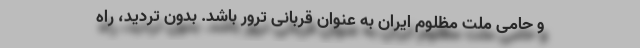
و حامی ملت مظلوم ایران به عنوان قربانی ترور باشد. بدون تردید، راه